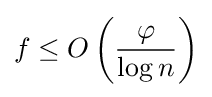
f\leq O\left({\frac {\varphi }{\log n}}\right)